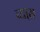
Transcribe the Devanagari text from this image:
व्या्स